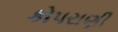
કોપરાણી